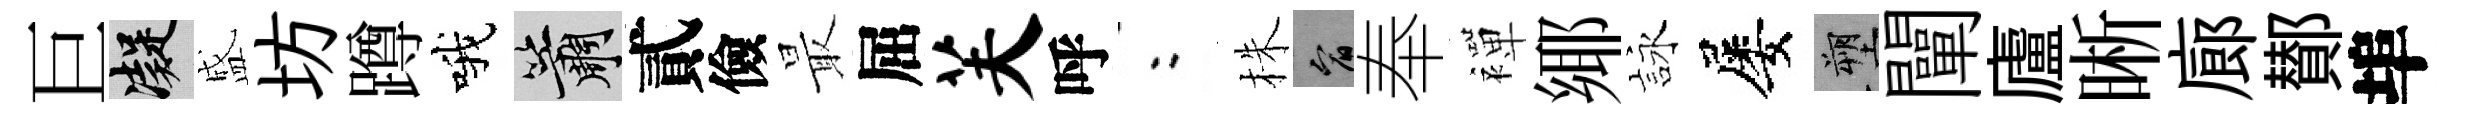
巨凝盛坊蹲哦簫貳儉最屈芙呼欸株宥奉襌鄊詠屡塑闡廬晰廊鄼埠